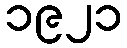
၁၉၂၁